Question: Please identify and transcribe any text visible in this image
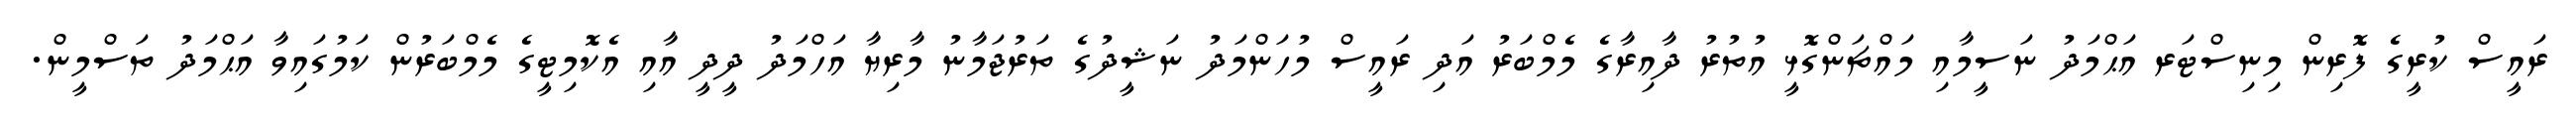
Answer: ރައީސް ކުރީގެ ފޮރިން މިނިސްޓަރ އަޙްމަދު ނަސީމާއި މައްޗަންގޮޅީ އުތުރު ދާއިރާގެ މެމްބަރު އަދި ރައީސް މުހަންމަދު ނަޝީދުގެ ތަރުޖަމާނު މާރިޔާ އަހްމަދު ދީދީ އާއި އެކޮމިޓީގެ މެމްބަރުން ކަމުގައިވާ އަޙްމަދު ތަސްމީން.